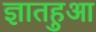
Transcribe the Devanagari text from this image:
ज्ञातहुआ